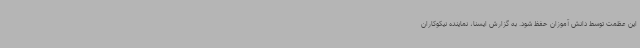
این عظمت توسط دانش آموزان حفظ شود. به گزارش ایسنا، نماینده نیکوکاران